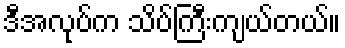
ဒီအလုပ်က သိပ်ကြီးကျယ်တယ်။